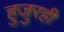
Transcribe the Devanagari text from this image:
हुजुरही